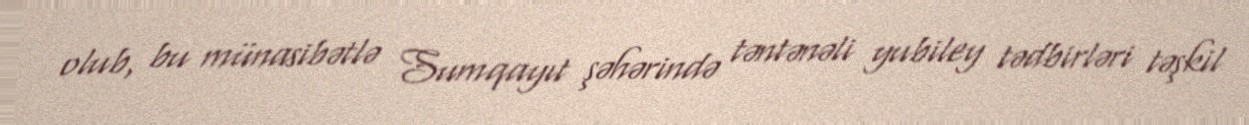
olub, bu münasibətlə Sumqayıt şəhərində təntənəli yubiley tədbirləri təşkil